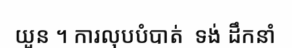
យួន ។ ការលុបបំបាត់  ទង់ ដឹកនាំ